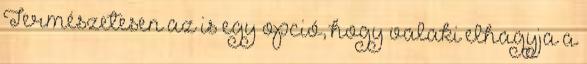
Természetesen az is egy opció, hogy valaki elhagyja a